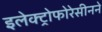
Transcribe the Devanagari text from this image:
इलेक्ट्रोफोरेसीनने